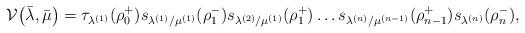
LaTeX: \begin{align*}\mathcal{V} \big(\bar \lambda, \bar \mu\big) = \tau_{\lambda^{(1)}}(\rho_{0}^+)s_{\lambda^{(1)}/\mu^{(1)}}(\rho_1^-)s_{\lambda^{(2)}/\mu^{(1)}}(\rho_1^+) \dots s_{\lambda^{(n)}/\mu^{(n-1)}}(\rho_{n-1}^+)s_{\lambda^{(n)}}(\rho_n^-),\end{align*}